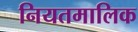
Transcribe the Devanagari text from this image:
नियतमालिक